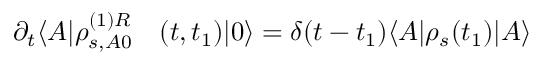
\begin{array} { r l } { \partial _ { t } \langle A | \rho _ { s , A 0 } ^ { ( 1 ) R } } & { { } ( t , t _ { 1 } ) | 0 \rangle = \delta ( t - t _ { 1 } ) \langle A | \rho _ { s } ( t _ { 1 } ) | A \rangle } \end{array}